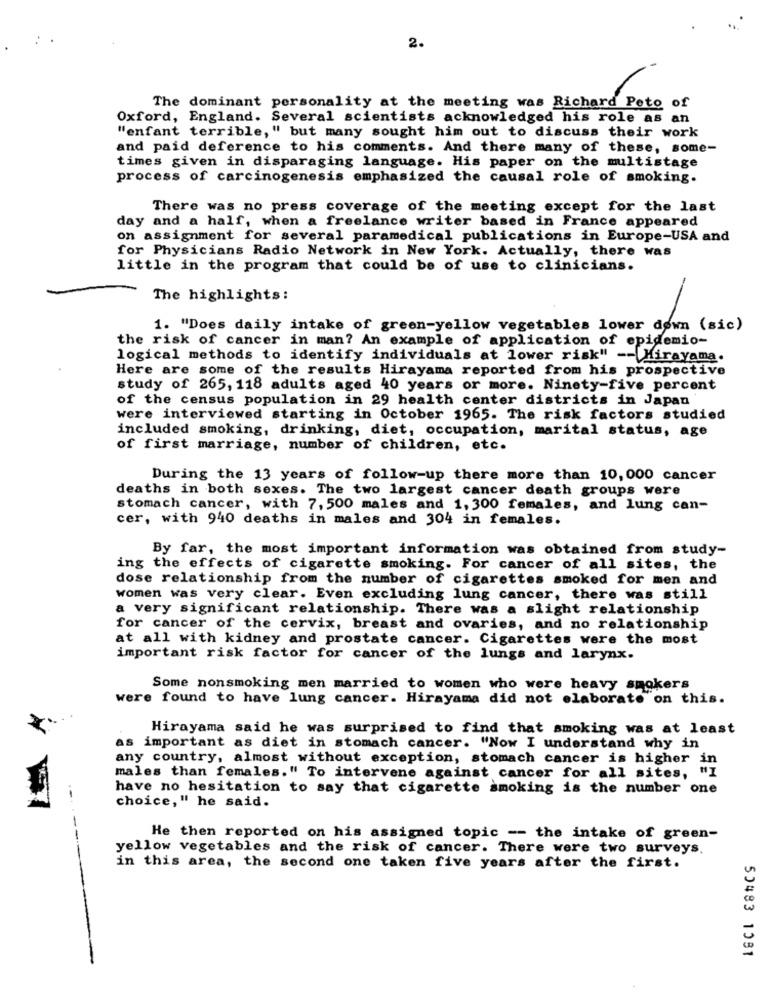
2.
The dominant personality at the meeting was Richard Peto of
Oxford, England. Several scientists acknowledged his role as an
"enfant terrible," but many sought him out to discuss their work
and paid deference to his comments. And there many of these, some-
times given in disparaging language. His paper on the multistage
process of carcinogenesis emphasized the causal role of smoking.
There was no press coverage of the meeting except for the last
day and a half, when a freelance writer based in France appeared
on assignment for several paramedical publications in Europe-USA and
for Physicians Radio Network in New York. Actually, there was
little in the program that could be of use to clinicians.
The highlights:
1. "Does daily intake of green-yellow vegetables lower down (sic)
the risk of cancer in man? An example of application of epidemio-
logical methods to identify individuals at lower risk" -- Mirayama.
Here are some of the results Hirayama reported from his prospective
study of 265, 118 adults aged 40 years or more. Ninety-five percent
of the census population in 29 health center districts in Japan
were interviewed starting in October 1965. The risk factors studied
included smoking, drinking, diet, occupation, marital status, age
of first marriage, number of children, etc.
During the 13 years of follow-up there more than 10, 000 cancer
deaths in both sexes. The two largest cancer death groups were
stomach cancer, with 7, 500 males and 1, 300 females, and lung can-
cer, with 940 deaths in males and 304 in females.
By far, the most important information was obtained from study-
ing the effects of cigarette smoking. For cancer of all sites, the
dose relationship from the number of cigarettes smoked for men and
women was very clear. Even excluding lung cancer, there was still
a very significant relationship. There was a slight relationship
for cancer of the cervix, breast and ovaries, and no relationship
at all with kidney and prostate cancer. Cigarettes were the most
important risk factor for cancer of the lungs and larynx.
Some nonsmoking men married to women who were heavy smokers
were found to have lung cancer. Hirayama did not elaborate on this.
Hirayama said he was surprised to find that smoking was at least
as important as diet in stomach cancer. "Now I understand why in
any country, almost without exception, stomach cancer is higher in
males than females." To intervene against cancer for all sites, "I
have no hesitation to say that cigarette smoking is the number one
.-.
choice," he said.
He then reported on his assigned topic -- the intake of green-
yellow vegetables and the risk of cancer. There were two surveys.
----
in this area, the second one taken five years after the first.
50483 1081